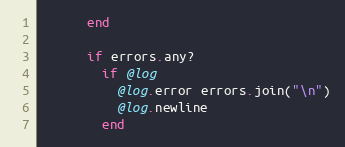
Language: Ruby
      end

      if errors.any?
        if @log
          @log.error errors.join("\n")
          @log.newline
        end